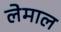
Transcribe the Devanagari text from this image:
लेमाल